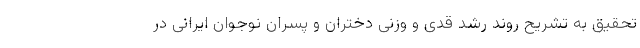
تحقیق به تشریح روند رشد قدی و وزنی دختران و پسران نوجوان ایرانی در